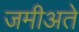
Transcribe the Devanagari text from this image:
जमीअते